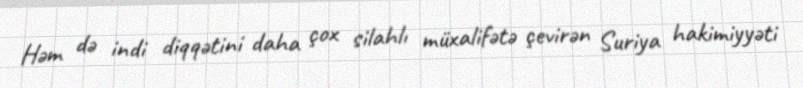
Həm də indi diqqətini daha çox silahlı müxalifətə çevirən Suriya hakimiyyəti